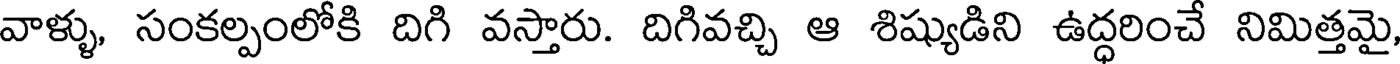
వాళ్ళు, సంకల్పంలోకి దిగి వస్తారు. దిగివచ్చి ఆ శిష్యుడిని ఉద్ధరించే నిమిత్తమై